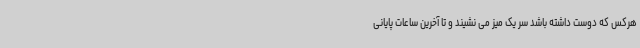
هرکس که دوست داشته باشد سر یک میز می نشیند و تا آخرین ساعات پایانی